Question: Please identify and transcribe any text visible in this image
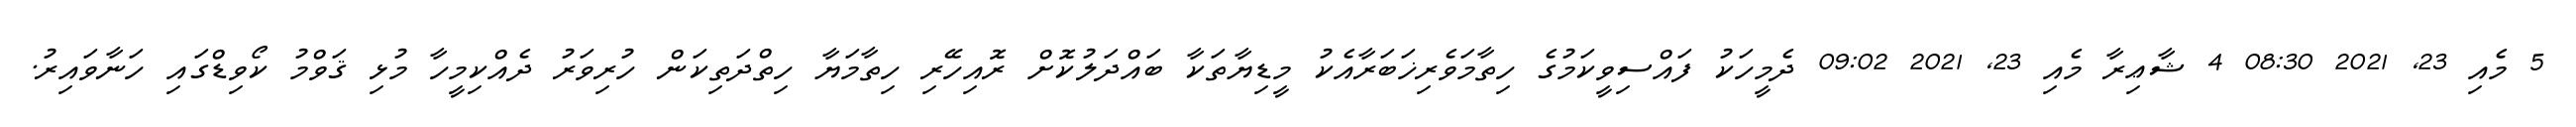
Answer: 5 މެއި 23, 2021 08:30 4 ޝާޢިރާ މެއި 23, 2021 09:02 ދެމީހަކު ފައްސިވީކަމުގެ ހިތާމަވެރިޚަބަރާއެކު މީޑިޔާތަކާ ބައްދަލުކޮށް ރޮއިހޭރި ހިތާމަޔާ ހިތްދަތިކަން ހުރިވަރު ދެއްކިމީހާ މުޅި ޤަވްމު ކޯވިޑްގައި ހަނާވައިރު.